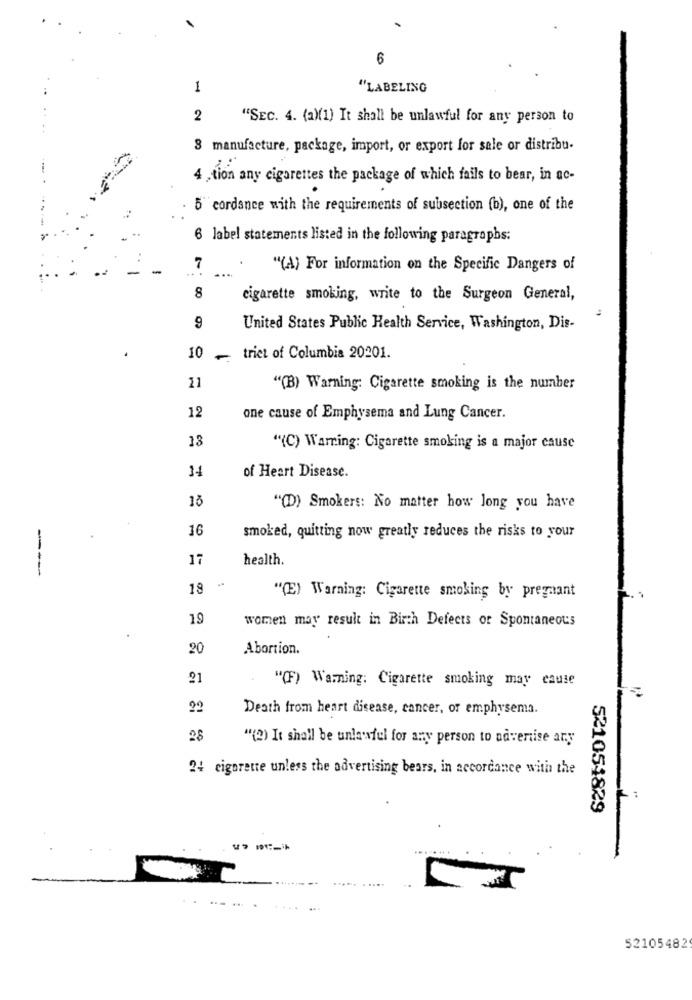
6
1
"LABELING
2
"SEC. 4. (a)(1) It shall be unlawful for any person to
3 manufacture, package, import, or export for sale or distribu-
::
4 ,tion any cigarettes the package of which fails to bear, in ac-
5 cordsnee with the requirements of subsection (b), one of the
6 label statements listed in the following paragraphs:
7
"(A) For information on the Specific Dangers of
8
cigarette smoking, write to the Surgeon General,
9
United States Public Health Service, Washington, Dis-
10
-
trict of Columbia 20201.
21
"(B) Warning: Cigarette smoking is the number
12
one cause of Emphysema and Lung Cancer.
13
"(C) Warning: Cigarette smoking is a major cause
14
of Heart Disease.
15
"(D) Smokers: No matter how long you have
16
smoked, quitting now greatly reduces the risks to your
17
health.
----
18
"(E) Warning: Cigarette smoking by premaant
19
women may result in Birth Defects or Spontaneous
20
Abortion.
21
"(F) Warning: Cigarette smoking may cause
Death from heart disease, cancer, or emphysema.
28
"(2) It shall be unlawful for any person to advertise ary
24 cigarette unless the advertising bears, in accordance with the
F :
521054829
52105482